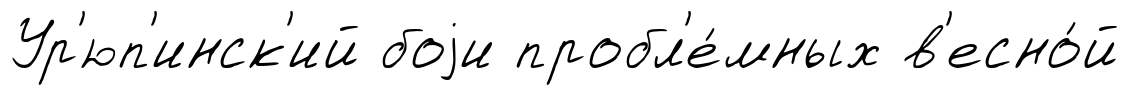
Ур'юп'инск'ий боjи пробл'е́мных в'есно́й